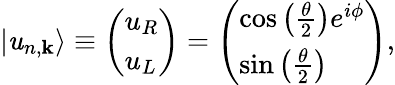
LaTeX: |\mathit{u}_{n,\mathbf{{k}}}\rangle\equiv\left(\begin{array}{l}{u_{R}}\\ {u_{L}}\end{array}\right)=\left(\begin{array}{l}{\cos\left(\frac{\theta}{2}\right)e^{i\phi}}\\ {\sin\left(\frac{\theta}{2}\right)}\end{array}\right),